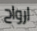
ارواح